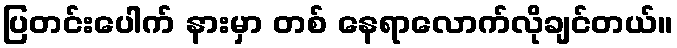
ပြတင်းပေါက် နားမှာ တစ် နေရာလောက်လိုချင်တယ်။